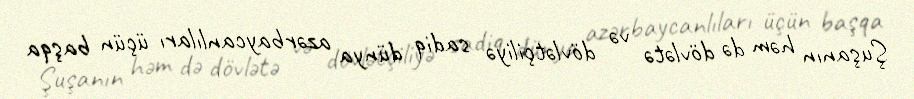
Şuşanın həm də dövlətə və dövlətçiliyə sadiq dünya azərbaycanlıları üçün başqa